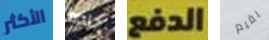
الأكثر جاده الدفع يقيم